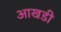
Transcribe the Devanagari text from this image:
आखडी